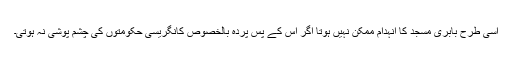
اسی طرح بابری مسجد کا انہدام ممکن نہیں ہوتا اگر اس کے پس پردہ بالخصوص کانگریسی حکومتوں کی چشم پوشی نہ ہوتی۔